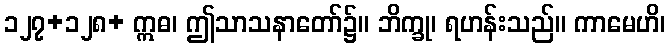
၁၂၇+၁၂၈+ ဣဓ၊ ဤသာသနာတော်၌။ ဘိက္ခု၊ ရဟန်းသည်။ ကာမေဟိ၊